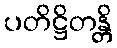
ပတိဋ္ဌိတန္တိ